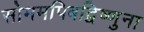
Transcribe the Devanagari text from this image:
सोममपिबद्विष्णुना